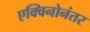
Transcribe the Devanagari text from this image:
एक्विनोनंतर